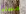
مسليا